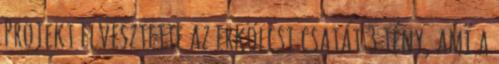
Projekt elvesztette az erkölcsi csatát 3 tény, ami a